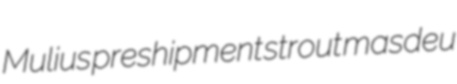
Mulius preshipment strout masdeu